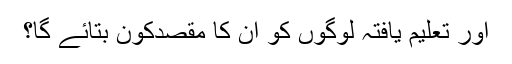
اور تعلیم یافتہ لوگوں کو ان کا مقصدکون بتائے گا؟